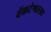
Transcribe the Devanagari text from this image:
वेंकटेश्वरराव